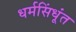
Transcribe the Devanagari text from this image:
धर्मसिंधूंत